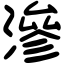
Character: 滲